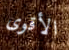
الأقوى